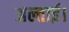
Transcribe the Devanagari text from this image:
अल्ताई।